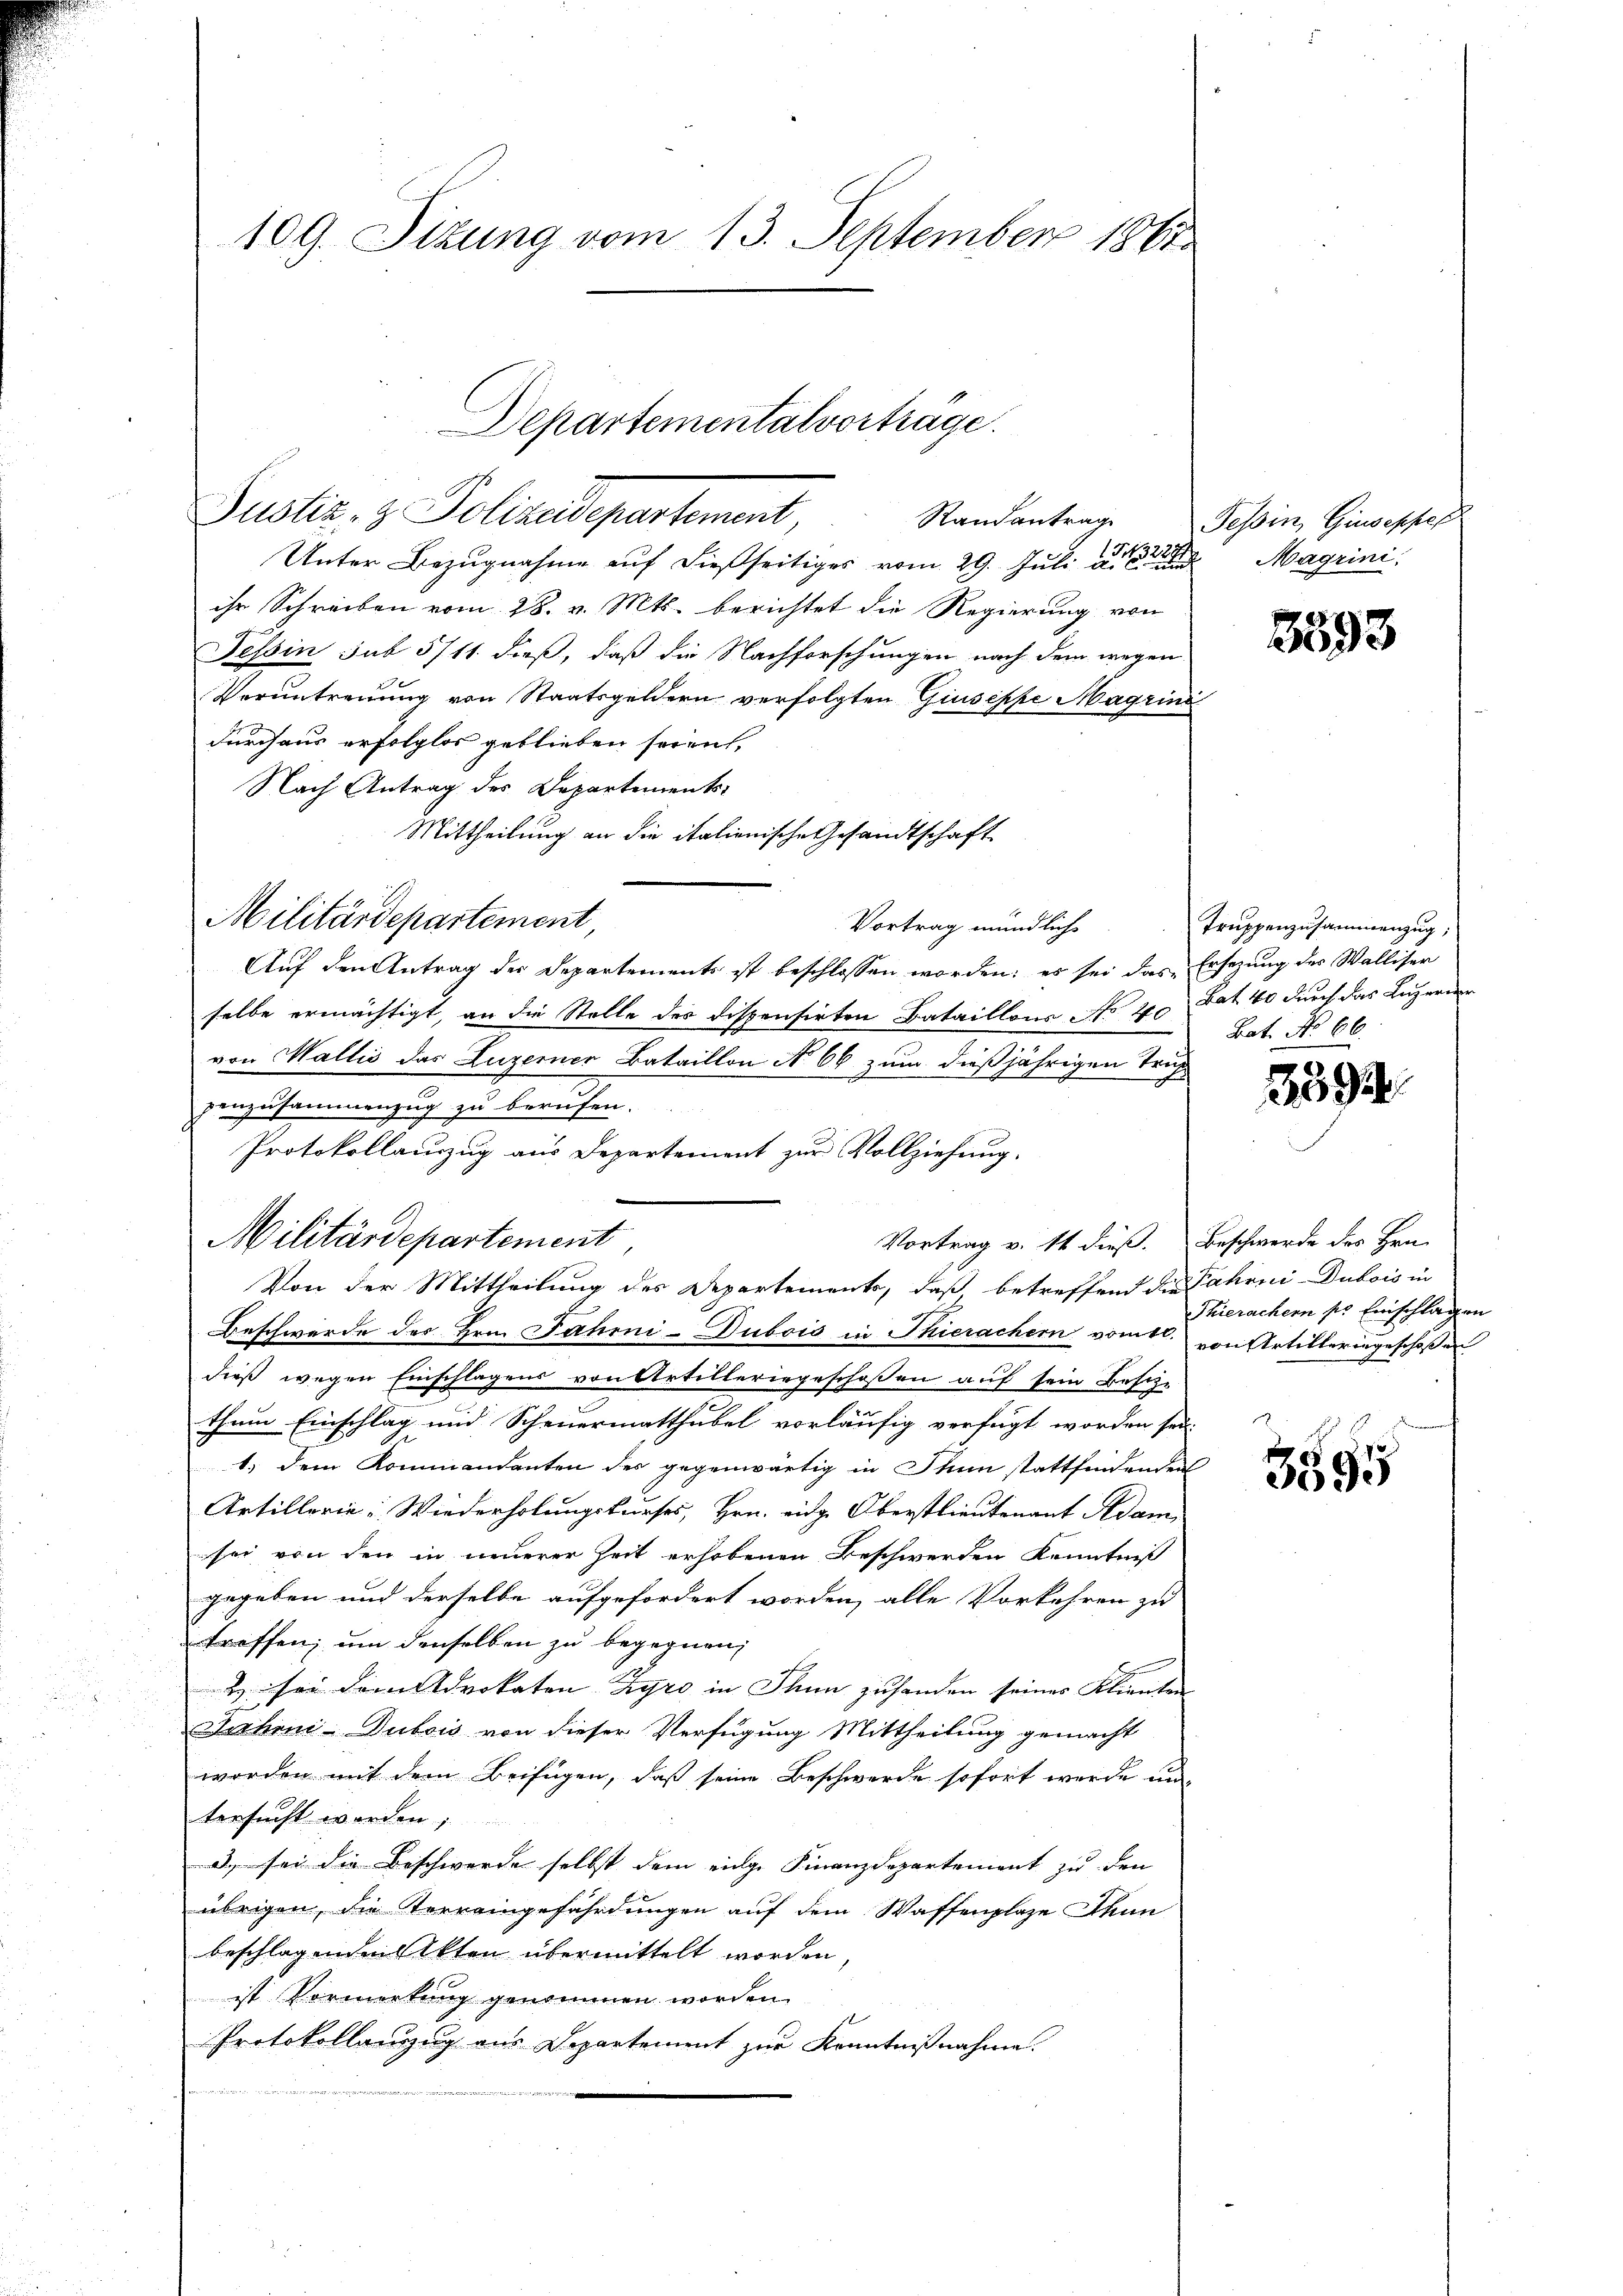
109. Sizung vom 13. September 1861

Busts. z. Polizeidepartement,
Unter Bezugnahme auf dießseitiges vom 29. Juli der Magrini,
ihr Schreiben vom 28. v. Mts. berichtet die Regierung von
Tessin sub 5711. dieß, daß die Nachforschungen nach dem wegen
Veruntreuung von Staatsgeldern verfolgten Giuseppe Magrini
durchaus erfolglos geblieben seien,
Nach Antrag des Departements
Mittheilung an die italienische Gesandtschaft
Vortrag mündlich
Auf den Antrag der Departements ist beschlossen worden; es sei das Ersezung des Walliser
selbe ermächtigt, an die Stelle des dispensirten Bataillons No 40 dat. 40 durch das Lehren
von Wallis das Luzerner Bataillon No 66 zum dießjährigen Truh
zenzusammenzug zu berufen.
Protokollauszug aus Departement zur Vollziehung.
Militärdepartement
Von der Mittheilung des Departements, daß, betreffend der Fahrni Dubois in
Beschwerde des Hrn. Fahrni-Dubois in Thierachern vom 10.
dieß wegen Einschlagens von Artilleringeschoßen auf sein Besu-
thum Einschlag und Scheuermatthubel vorläufig verfügt worden sei.
1.) Dem Kommandanten der gegenwärtig in Thun stattfindenden
Artillerie: Wiederholungskurses, Hrn. eidg. Oberstlieutenant Adam
sei von den in neuerer Zeit erhobenen Beschwerden Kenntniß
gegeben und derselbe aufgefordert worden, alle Vorkehren zu
troffen, um denselben zu begegnen;
B. sei dem Advokaten-Zyro in Thun zuhanden seines Kliente
Jahni-Dubois von dieser Verfügung Mittheilung gemacht
worden mit dem Beifügen, daß seine Beschwerde sofort werde un
tersucht werden;
de sei die Beschwerde selbst dem einge Finanzdepartement zu den
übrigen, die Verreingefährdungen auf dem Waffenplaze Thun
beschlagenden Akten übermittelt worden,
ist Vormerkung genommen worden.
Protokollanzug aus Departement zur Kenntnißnahme.
Butzen. Das

Militärdepartement,

Departementalvorträge.

Vortrag v. 14 dieß. Beschwerde des Hrn.

Randantrage Tessin, Giuseppe

3593

Truppenzusammenzug,
Bat. No 66.

3392

Thierachern pr Einschlagen
von Artilleringeschaffen

3595